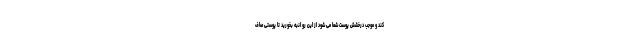
کند و موجب درخشش پوست شما می شود از این رو انبه بخورید تا پوستی صاف